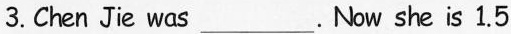
3.Chen Jie was___ . Now she is 1.5